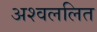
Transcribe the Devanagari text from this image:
अश्वललित